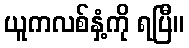
ယူကလစ်နှံ့ကို ရပြီ။